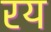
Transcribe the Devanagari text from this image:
रय